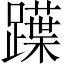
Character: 𨆡